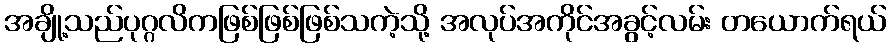
အချို့သည်ပုဂ္ဂလိကဖြစ်ဖြစ်ဖြစ်သကဲ့သို့ အလုပ်အကိုင်အခွင့်လမ်း တယောက်ရယ်